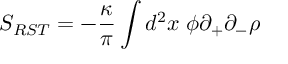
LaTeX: S _ { R S T } = - \frac { \kappa } { \pi } \int d ^ { 2 } x \; \phi \partial _ { + } \partial _ { - } \rho